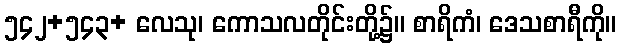
၅၄၂+၅၄၃+ လေသု၊ ကောသလတိုင်းတို့၌။ စာရိကံ၊ ဒေသစာရီကို။